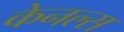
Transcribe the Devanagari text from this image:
केनल्स